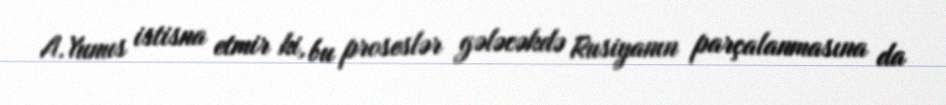
A.Yunus istisna etmir ki, bu proseslər gələcəkdə Rusiyanın parçalanmasına da